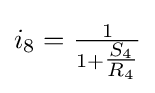
i_{8}={\tfrac {1}{1+{\tfrac {S_{4}}{R_{4}}}}}